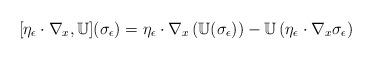
LaTeX: \begin{align*}[\eta_\epsilon \cdot \nabla_x, \mathbb{U} ] (\sigma_\epsilon) = \eta_\epsilon \cdot \nabla_x \left ( \mathbb{U} (\sigma_\epsilon) \right ) - \mathbb{U} \left ( \eta_\epsilon \cdot \nabla_x \sigma_\epsilon \right )\end{align*}